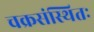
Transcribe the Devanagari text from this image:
चक्रसंस्थितः